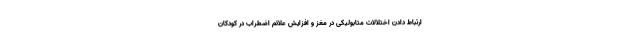
ارتباط دادن اختلالات متابولیکی در مغز و افزایش علائم اضطراب در کودکان